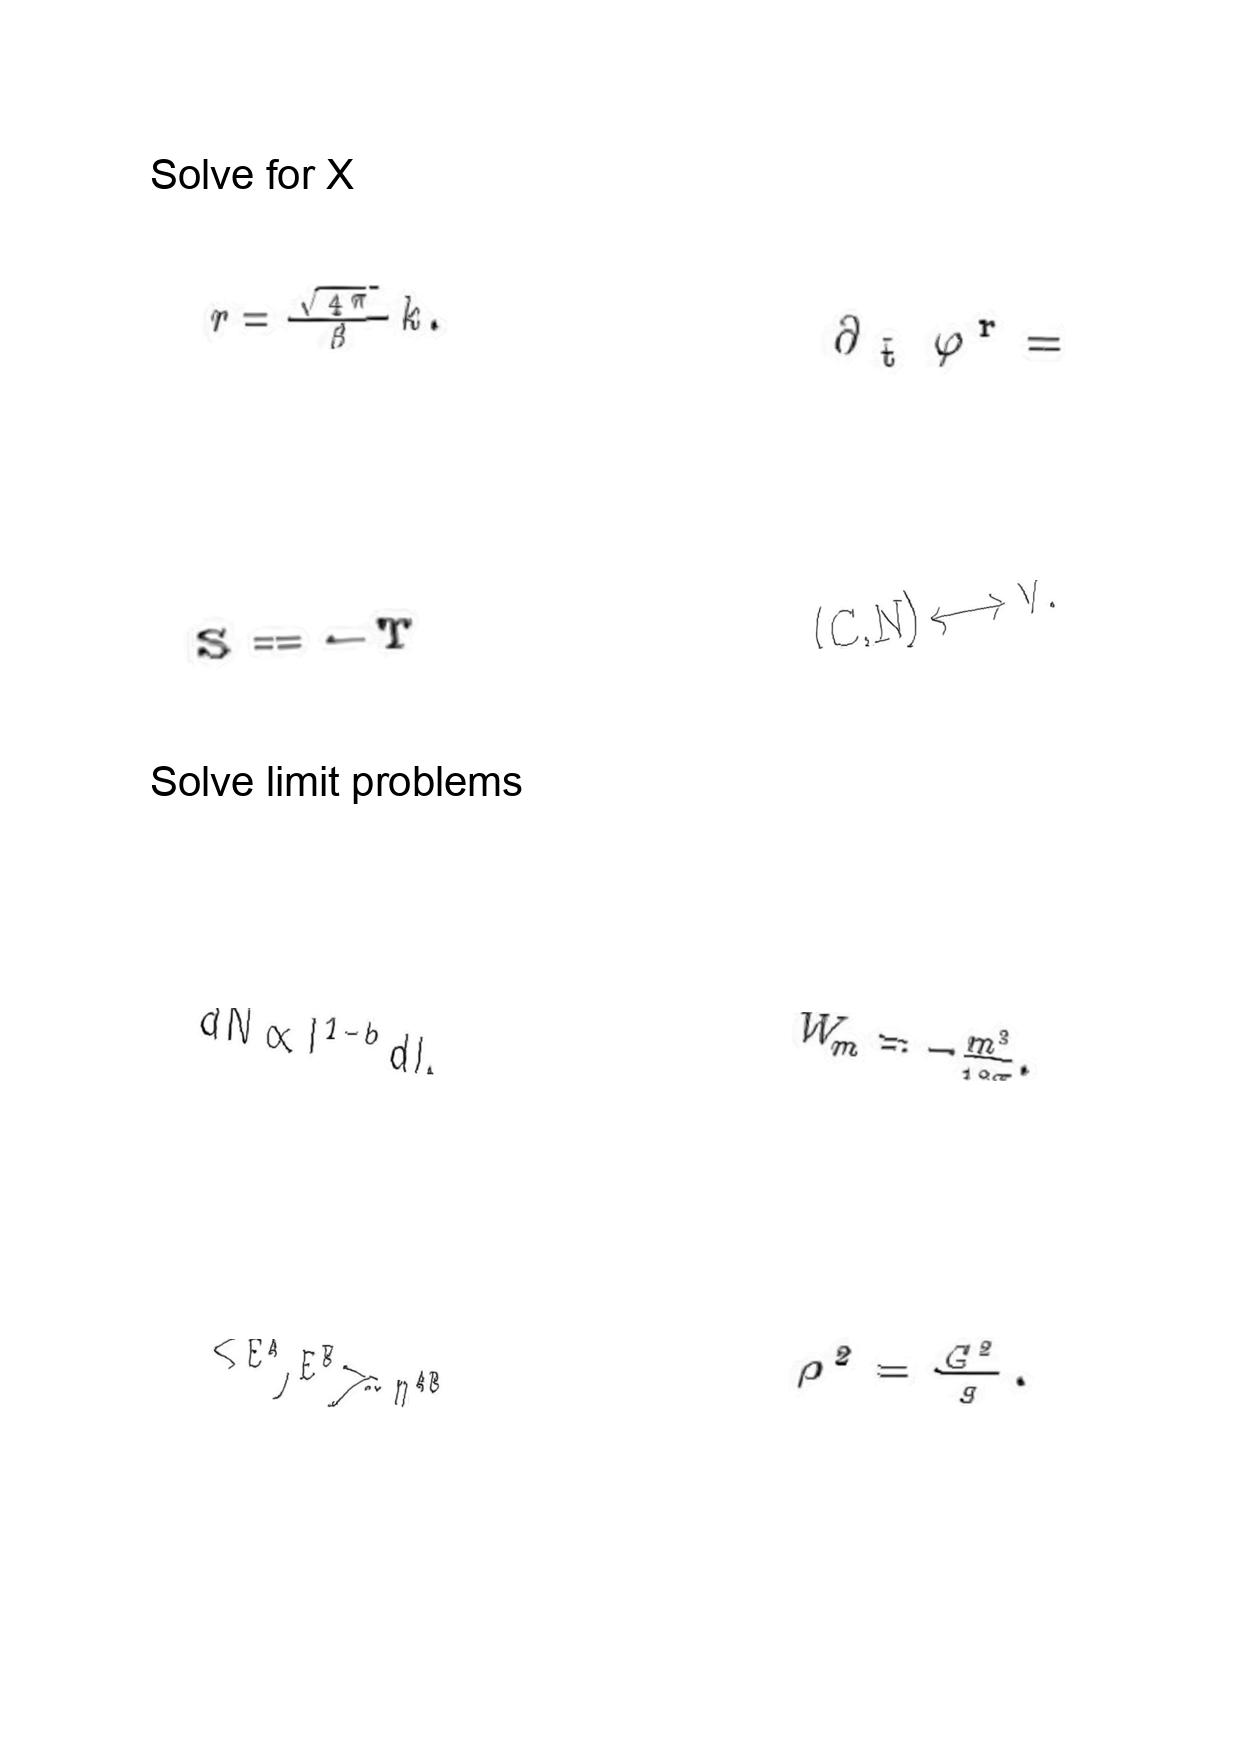
LaTeX transcription:
r = \frac { \sqrt { 4 \pi } } { \beta } k .
S = - T
d N \propto l ^ { 1 - b } d l ,
\lt E ^ { A } , E ^ { B } \gt = \eta ^ { A B } ,
\partial _ { \tilde { t } } \varphi ^ { r } =
\lparen C , N \rparen \longleftrightarrow V .
W _ { m } = - \frac { m ^ { 3 } } { 1 2 \pi } .
\rho ^ { 2 } = \frac { G ^ { 2 } } { g } .